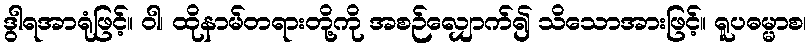
ဒွါရအာရုံဖြင့်။ ဝါ၊ ထိုနာမ်တရားတို့ကို အစဉ်လျှောက်၍ သိသောအားဖြင့်။ ရူပဓမ္မာစ၊